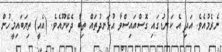
ނެރެމުއެވެ. އަދި އެ ކަނޑުގައި ގޮސްއައިސްވާ އުޅަނދުތައް ތިބާ ދެކޭނޫއެވެ. (އެއީ) ތިޔަބައިމީހުން